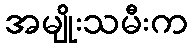
အမျိုးသမီးက